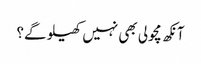
آنکھ مچولی بھی نہیں کھیلو گے؟